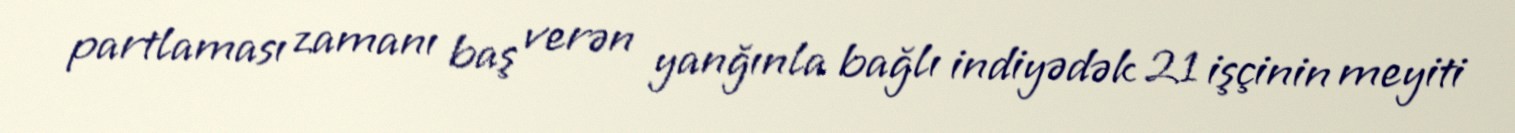
partlaması zamanı baş verən yanğınla bağlı indiyədək 21 işçinin meyiti